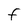
Character: F